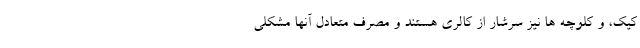
کیک، و کلوچه ها نیز سرشار از کالری هستند و مصرف متعادل آنها مشکلی